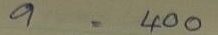
9 = 400